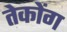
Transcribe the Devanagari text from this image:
तेकोंग